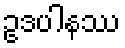
ဥဒပါနဿ